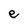
Character: e